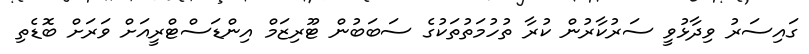
ގައިސަރު ވިދާޅުވީ ސަރުކާރުން ކުރާ ތުހުމަތުތަކުގެ ސަބަބުން ޓޫރިޒަމް އިންޑަސްޓްރީއަށް ވަރަށް ބޮޑެތި